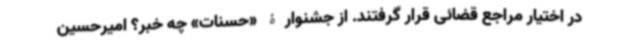
در اختیار مراجع قضائی قرار گرفتند. از جشنوارۀ «حسنات» چه خبر؟ امیرحسین